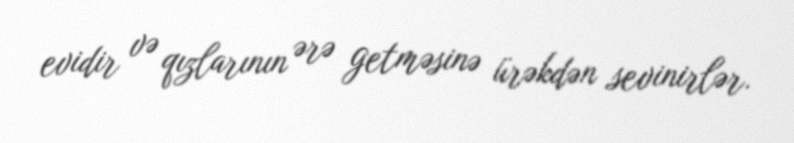
evidir və qızlarının ərə getməsinə ürəkdən sevinirlər.